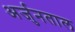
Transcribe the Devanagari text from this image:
अर्जुनताल